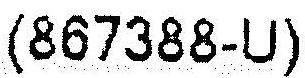
(867388-U)